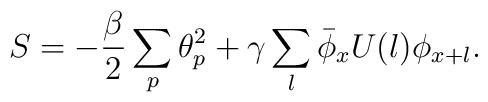
S = -\frac{\beta}{2} \sum_p {\theta}_p^2 + \gamma \sum_l\bar{\phi}_xU(l)\phi_{x+l}.